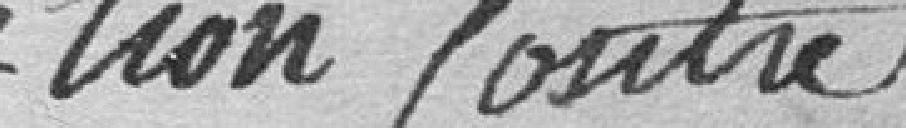
ton contre